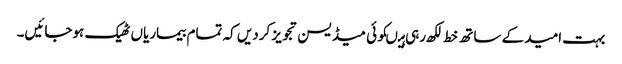
بہت امید کے ساتھ خط لکھ رہی ہیںکوئی میڈیسن تجویز کردیں کہ تمام بیماریاں ٹھیک ہوجائیں۔